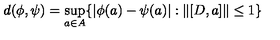
d ( \phi , \psi ) = \sup _ { a \in A } \{ | \phi ( a ) - \psi ( a ) | : \| [ D , a ] \| \le 1 \}